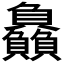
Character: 𮚰